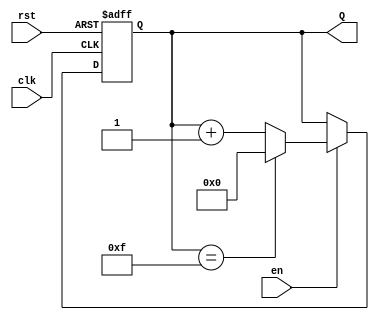
module binary_up_counter #(
    parameter N = 4  // Parameter for the number of bits in the counter
)(
    input wire clk,   // Clock input
    input wire rst,   // Asynchronous reset
    input wire en,    // Enable signal
    output reg [N-1:0] Q  // n-bit output for the current count value
);

    // Always block triggered on the rising edge of the clock
    always @(posedge clk or posedge rst) begin
        if (rst) begin
            // Reset the counter to 0
            Q <= 0;
        end else if (en) begin
            // Increment the counter if enabled
            if (Q == (2**N - 1)) begin
                Q <= 0;  // Wrap around to 0 when maximum value is reached
            end else begin
                Q <= Q + 1;  // Increment the counter
            end
        end
        // If enable is low, the counter retains its current value
    end

endmodule